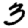
Digit: 3